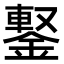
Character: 𨩕